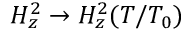
H _ { z } ^ { 2 } \rightarrow H _ { z } ^ { 2 } ( T / T _ { 0 } )